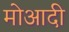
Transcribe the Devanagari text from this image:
मोआदी